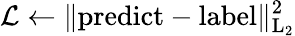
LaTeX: \mathcal{L}\gets\lVert\mathrm{{predict}-\mathrm{{label}\rVert_{L_{2}}^{2}}}